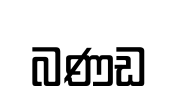
බණඩ